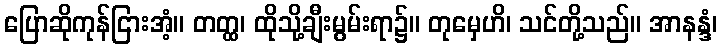
ပြောဆိုကုန်ငြားအံ့။ တတ္ထ၊ ထိုသို့ချီးမွမ်းရာ၌။ တုမှေဟိ၊ သင်တို့သည်။ အာနန္ဒံ၊